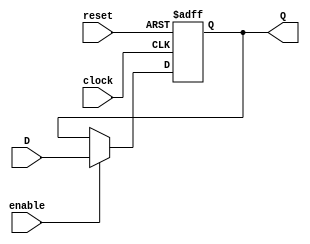
module register_n
  #(parameter WIDTH = 8)
   (reset,clock,enable,D,Q);

   input reset;
   input clock;
   input enable;
   input [WIDTH-1:0] D;
   output reg [WIDTH-1:0] Q;
	
	// async
   always @(posedge clock, posedge reset)
    begin
      if (reset == 1) Q <= 0;
      else Q <= enable ? D : Q;
    end

endmodule

// reset Q 0
// eneable Q Q = D rising edge
// !eneable Q = curr